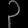
Digit: ၃